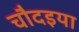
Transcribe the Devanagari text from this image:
चौदइया